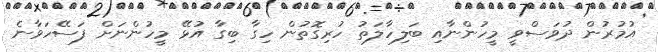
އުމުރުން ދުވަސްވީ މީހުންނާއި ބަލިހާލަތު ހުރިގޮތުން ހިގާ ބިގާ އުޅޭ މީހުންނަށް ފަސޭހަވާނެ